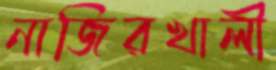
নাজিরখালী